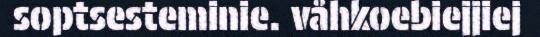
soptsesteminie. våhkoebiejjiej